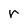
Character: r